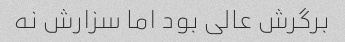
برگرش عالی بود اما سزارش نه